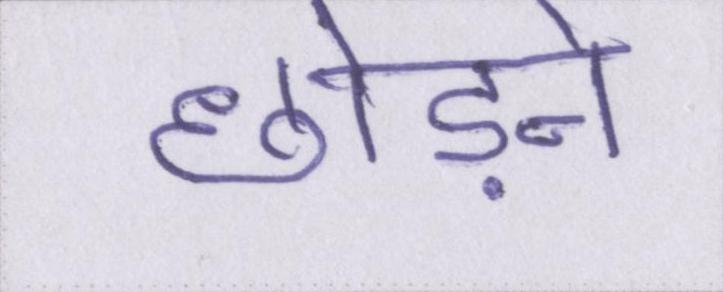
छोड़ने